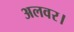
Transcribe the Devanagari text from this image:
अलवर।